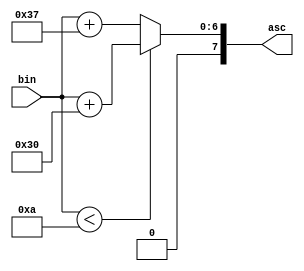
`timescale 1ns / 1ps
module bin2asc(
    input  [3:0] bin,
	output [7:0] asc
);
	assign asc = bin < 4'd10 ? bin + "0" : bin + ("A" - 8'd10);
endmodule